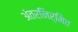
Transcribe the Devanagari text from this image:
अंतरनिर्मित